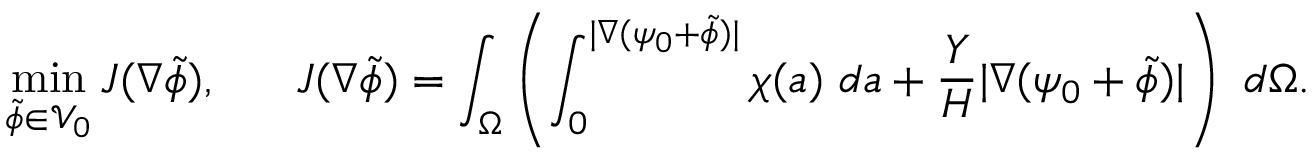
\operatorname* { m i n } _ { \tilde { \phi } \in \mathcal { V } _ { 0 } } J ( \nabla \tilde { \phi } ) , ~ ~ ~ ~ ~ J ( \nabla \tilde { \phi } ) = \int _ { \Omega } \left( \int _ { 0 } ^ { | \nabla ( \psi _ { 0 } + \tilde { \phi } ) | } \chi ( a ) ~ d a + \frac { Y } { H } | \nabla ( \psi _ { 0 } + \tilde { \phi } ) | \right) ~ d \Omega .